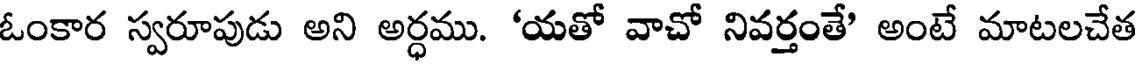
ఓంకార స్వరూపుడు అని అర్ధము. 'యతో వాచో నివర్తంతే' అంటే మాటలచేత